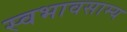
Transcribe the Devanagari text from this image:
स्वभावसाम्य